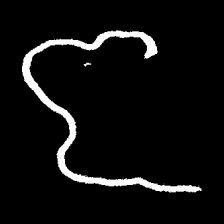
Pyu character \u2014 Myanmar letter: ဇ (romanized: ja)